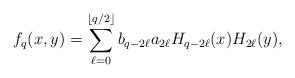
LaTeX: \begin{align*} f_q(x,y)=\sum^{\left\lfloor q/2\right\rfloor}_{\ell=0}b_{q-2\ell}a_{2\ell}H_{q-2\ell}(x)H_{2\ell}(y),\end{align*}